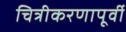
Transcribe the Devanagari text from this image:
चित्रीकरणापूर्वी